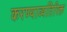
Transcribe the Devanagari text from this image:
करण्याव्यतिरिक्त